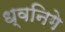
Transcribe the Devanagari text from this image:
ध्वनिगे